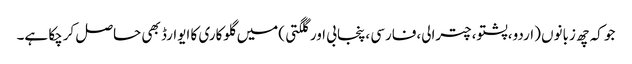
جو کہ چھ زبانوں (اردو،پشتو،چترالی،فارسی ،پنجابی اور گلگتی )میں گلوکاری کا ایوارڈ بھی حاصل کرچکا ہے۔